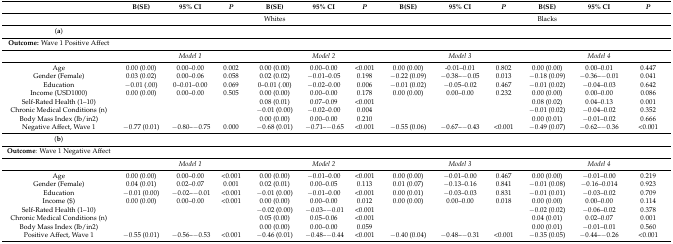
<table><thead><tr><td></td><td><b>B(SE)</b></td><td><b>95% CI</b></td><td><b><i>P</i></b></td><td><b>B(SE)</b></td><td><b>95% CI</b></td><td><b><i>P</i></b></td><td><b>B(SE)</b></td><td><b>95% CI</b></td><td><b><i>P</i></b></td><td><b>B(SE)</b></td><td><b>95% CI</b></td><td><b><i>P</i></b></td></tr></thead><tbody><tr><td></td><td></td><td></td><td></td><td>Whites</td><td></td><td></td><td></td><td></td><td></td><td>Blacks</td><td></td><td></td></tr><tr><td>(<b>a</b>)</td><td></td><td></td><td></td><td></td><td></td><td></td><td></td><td></td><td></td><td></td><td></td><td></td></tr><tr><td><b>Outcome:</b> Wave 1 Positive Affect</td><td></td><td></td><td></td><td></td><td></td><td></td><td></td><td></td><td></td><td></td><td></td><td></td></tr><tr><td></td><td></td><td><i>Model 1</i></td><td></td><td></td><td><i>Model 2</i></td><td></td><td></td><td><i>Model 3</i></td><td></td><td></td><td><i>Model 4</i></td><td></td></tr><tr><td>Age</td><td>0.00 (0.00)</td><td>0.00–0.00</td><td>0.002</td><td>0.00 (0.00)</td><td>0.00–0.00</td><td>&lt;0.001</td><td>0.00 (0.00)</td><td>-0.01–0.01</td><td>0.802</td><td>0.00 (0.00)</td><td>0.00–0.01</td><td>0.447</td></tr><tr><td>Gender (Female)</td><td>0.03 (0.02)</td><td>0.00–0.06</td><td>0.058</td><td>0.02 (0.02)</td><td>−0.01–0.05</td><td>0.198</td><td>−0.22 (0.09)</td><td>−0.38–−0.05</td><td>0.013</td><td>−0.18 (0.09)</td><td>−0.36–−0.01</td><td>0.041</td></tr><tr><td>Education</td><td>−0.01 (.00)</td><td>0–0.01–0.00</td><td>0.069</td><td>0–0.01 (.00)</td><td>−0.02–0.00</td><td>0.006</td><td>−0.01 (0.02)</td><td>−0.05–0.02</td><td>0.467</td><td>−0.01 (0.02)</td><td>−0.04–0.03</td><td>0.642</td></tr><tr><td>Income (USD1000)</td><td>0.00 (0.00)</td><td>0.00–0.00</td><td>0.505</td><td>0.00 (0.00)</td><td>0.00–0.00</td><td>0.178</td><td>0.00 (0.00)</td><td>0.00–0.00</td><td>0.232</td><td>0.00 (0.00)</td><td>0.00–0.00</td><td>0.086</td></tr><tr><td>Self-Rated Health (1–10)</td><td></td><td></td><td></td><td>0.08 (0.01)</td><td>0.07–0.09</td><td>&lt;0.001</td><td></td><td></td><td></td><td>0.08 (0.02)</td><td>0.04–0.13</td><td>0.001</td></tr><tr><td>Chronic Medical Conditions (n)</td><td></td><td></td><td></td><td>−0.01 (0.00)</td><td>−0.02–0.00</td><td>0.004</td><td></td><td></td><td></td><td>−0.01 (0.02)</td><td>−0.04–0.02</td><td>0.352</td></tr><tr><td>Body Mass Index (lb/in2)</td><td></td><td></td><td></td><td>0.00 (0.00)</td><td>0.00–0.00</td><td>0.210</td><td></td><td></td><td></td><td>0.00 (0.01)</td><td>−0.01–0.02</td><td>0.666</td></tr><tr><td>Negative Affect, Wave 1</td><td>−0.77 (0.01)</td><td>−0.80–−0.75</td><td>0.000</td><td>−0.68 (0.01)</td><td>−0.71–−0.65</td><td>&lt;0.001</td><td>−0.55 (0.06)</td><td>−0.67–−0.43</td><td>&lt;0.001</td><td>−0.49 (0.07)</td><td>−0.62–−0.36</td><td>&lt;0.001</td></tr><tr><td>(<b>b</b>)</td><td></td><td></td><td></td><td></td><td></td><td></td><td></td><td></td><td></td><td></td><td></td><td></td></tr><tr><td><b>Outcome</b>: Wave 1 Negative Affect </td><td></td><td></td><td></td><td></td><td></td><td></td><td></td><td></td><td></td><td></td><td></td><td></td></tr><tr><td></td><td></td><td><i>Model 1</i></td><td></td><td></td><td><i>Model 2</i></td><td></td><td></td><td><i>Model 3</i></td><td></td><td></td><td><i>Model 4</i></td><td></td></tr><tr><td>Age</td><td>0.00 (0.00)</td><td>0.00–0.00</td><td>&lt;0.001</td><td>0.00 (0.00)</td><td>−0.01–0.00</td><td>&lt;0.001</td><td>0.00 (0.00)</td><td>−0.01–0.00</td><td>0.467</td><td>0.00 (0.00)</td><td>−0.01–0.00</td><td>0.219</td></tr><tr><td>Gender (Female)</td><td>0.04 (0.01)</td><td>0.02–0.07</td><td>0.001</td><td>0.02 (0.01)</td><td>0.00–0.05</td><td>0.113</td><td>0.01 (0.07)</td><td>−0.13–0.16</td><td>0.841</td><td>−0.01 (0.08)</td><td>−0.16–0.014</td><td>0.923</td></tr><tr><td>Education</td><td>−0.01 (0.00)</td><td>−0.02–−0.01</td><td>&lt;0.001</td><td>−0.01 (0.00)</td><td>−0.01–0.00</td><td>&lt;0.001</td><td>0.00 (0.01)</td><td>−0.03–0.03</td><td>0.831</td><td>−0.01 (0.01)</td><td>−0.03–0.02</td><td>0.709</td></tr><tr><td>Income ($)</td><td>0.00 (0.00)</td><td>0.00–0.00</td><td>&lt;0.001</td><td>0.00 (0.00)</td><td>0.00–0.00</td><td>0.012</td><td>0.00 (0.00)</td><td>0.00–0.00</td><td>0.018</td><td>0.00 (0.00)</td><td>0.00–0.00</td><td>0.114</td></tr><tr><td>Self-Rated Health (1–10)</td><td></td><td></td><td></td><td>−0.02 (0.00)</td><td>−0.03–−0.01</td><td>&lt;0.001</td><td></td><td></td><td></td><td>−0.02 (0.02)</td><td>−0.06–0.02</td><td>0.378</td></tr><tr><td>Chronic Medical Conditions (n)</td><td></td><td></td><td></td><td>0.05 (0.00)</td><td>0.05–0.06</td><td>&lt;0.001</td><td></td><td></td><td></td><td>0.04 (0.01)</td><td>0.02–0.07</td><td>0.001</td></tr><tr><td>Body Mass Index (lb/in2)</td><td></td><td></td><td></td><td>0.00 (0.00)</td><td>0.00–0.00</td><td>0.059</td><td></td><td></td><td></td><td>0.00 (0.01)</td><td>−0.01–0.01</td><td>0.560</td></tr><tr><td>Positive Affect, Wave 1</td><td>−0.55 (0.01)</td><td>−0.56–−0.53</td><td>&lt;0.001</td><td>−0.46 (0.01)</td><td>−0.48–−0.44</td><td>&lt;0.001</td><td>−0.40 (0.04)</td><td>−0.48–−0.31</td><td>&lt;0.001</td><td>−0.35 (0.05)</td><td>−0.44–−0.26</td><td>&lt;0.001</td></tr></tbody></table>